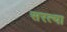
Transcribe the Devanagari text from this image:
सरत्या